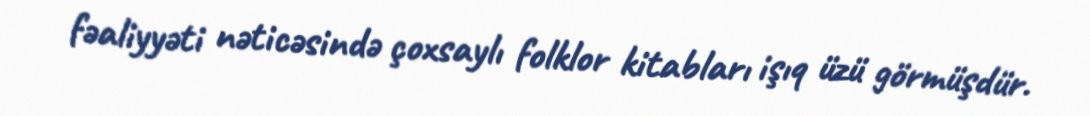
fəaliyyəti nəticəsində çoxsaylı folklor kitabları işıq üzü görmüşdür.